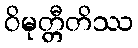
ဝိမုတ္တီတိဿ